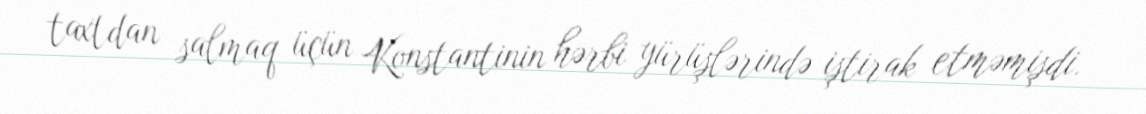
taxtdan salmaq üçün Konstantinin hərbi yürüşlərində iştirak etməmişdi.